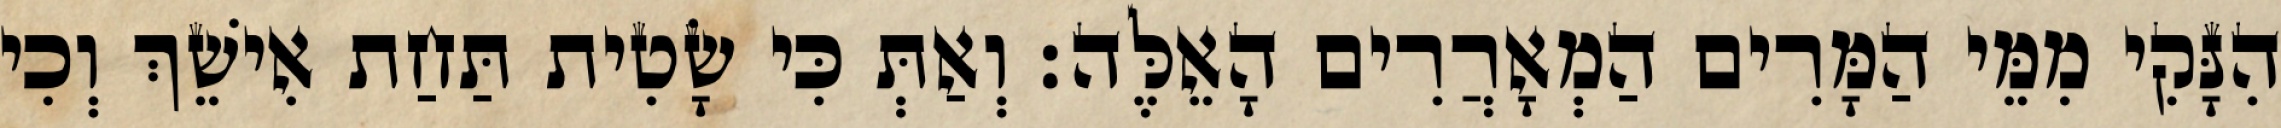
הִנָּקִי מִמֵּי הַמָּרִים הַמְאָרֲרִים הָאֵלֶּה׃ וְאַתְּ כִּי שָׂטִית תַּחַת אִישֵׁךְ וְכִי